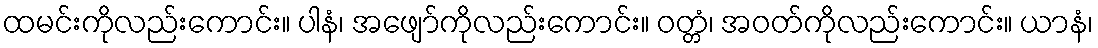
ထမင်းကိုလည်းကောင်း။ ပါနံ၊ အဖျော်ကိုလည်းကောင်း။ ဝတ္တံ၊ အဝတ်ကိုလည်းကောင်း။ ယာနံ၊